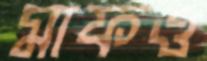
মাফও